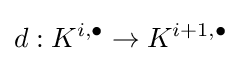
d:K^{i,\bullet }\to K^{i+1,\bullet }